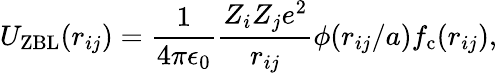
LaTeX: U_{\mathrm{ZBL}}(r_{ij})=\frac{1}{4\pi\epsilon_{0}}\frac{Z_{i}Z_{j}e^{2}}{r_{ij}}\phi(r_{ij}/a)f_{\mathrm{c}}(r_{ij}),